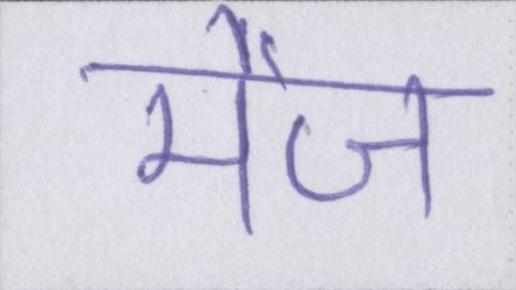
मेज